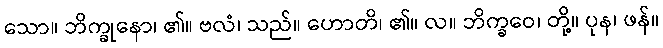
သော။ ဘိက္ခုနော၊ ၏။ ဗလံ၊ သည်။ ဟောတိ၊ ၏။ လ။ ဘိက္ခဝေ၊ တို့။ ပုန၊ ဖန်။